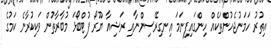
އިތުރު ހަމަނުޖެހުންތަކެއް ހިންގައިފިނަމަ އިނގިރޭސިންނާއި ރަޝިއާ ޔޫރޯ ފުޓްބޯޅަ މުބާރާތުން ވަކިކުރާނެ ކަމުގެ